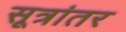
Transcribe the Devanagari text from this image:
सूत्रांतर